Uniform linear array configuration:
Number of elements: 64
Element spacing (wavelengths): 0.75
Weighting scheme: hann
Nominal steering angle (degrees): -15
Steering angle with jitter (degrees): -15.534
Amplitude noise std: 0.05
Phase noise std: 0.05

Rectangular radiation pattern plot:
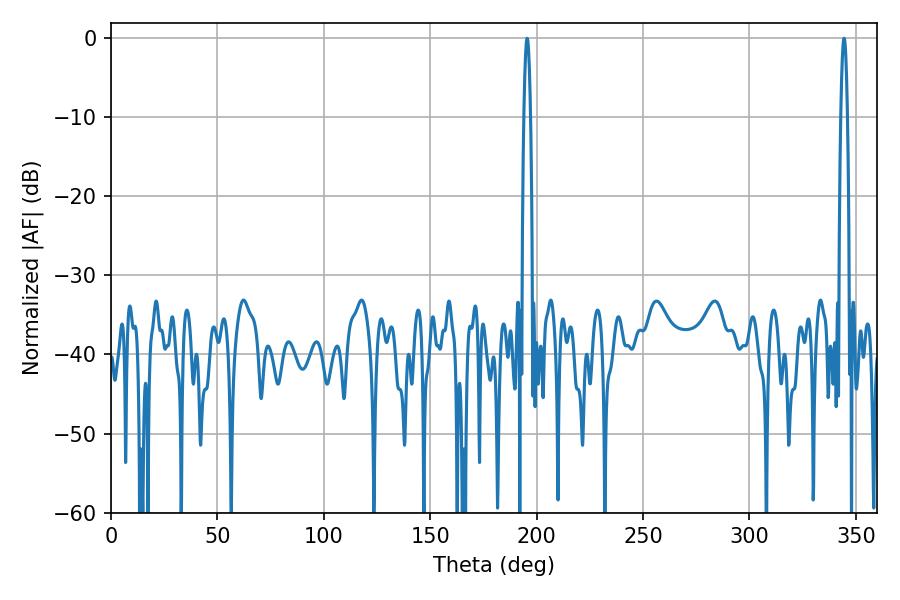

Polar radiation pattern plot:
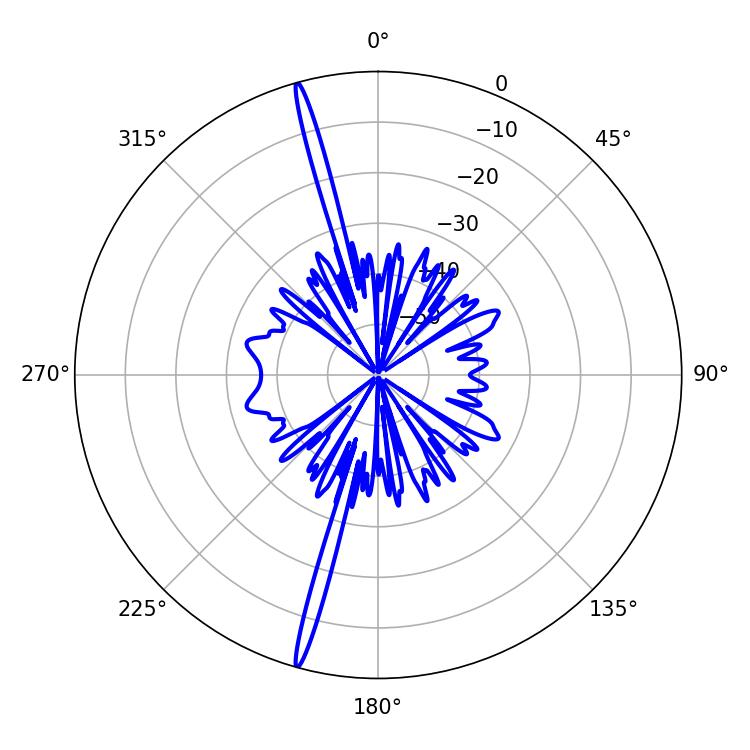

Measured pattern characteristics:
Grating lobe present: TRUE
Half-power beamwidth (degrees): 1.62
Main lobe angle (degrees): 344.52